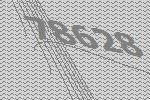
78628